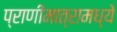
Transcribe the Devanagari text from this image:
प्राणीमात्रामध्ये